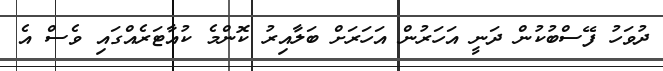
ދުވަހު ފޭސްބުކުން ދަނީ އަހަރުން އަހަރަށް ބަލާއިރު ކޮންމެ ކުއާޓަރެއްގައި ވެސް އެ